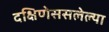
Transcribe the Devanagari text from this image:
दक्षिणेससलेल्या